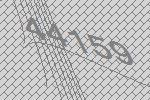
44159